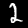
Label: 2